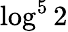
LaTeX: \log^{5}2